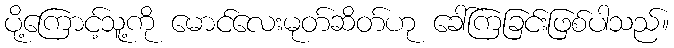
ပို့ကြောင့်သူ့ကို မောင်လေးမုတ်ဆိတ်ဟု ခေါ်ကြခြင်းဖြစ်ပါသည်။